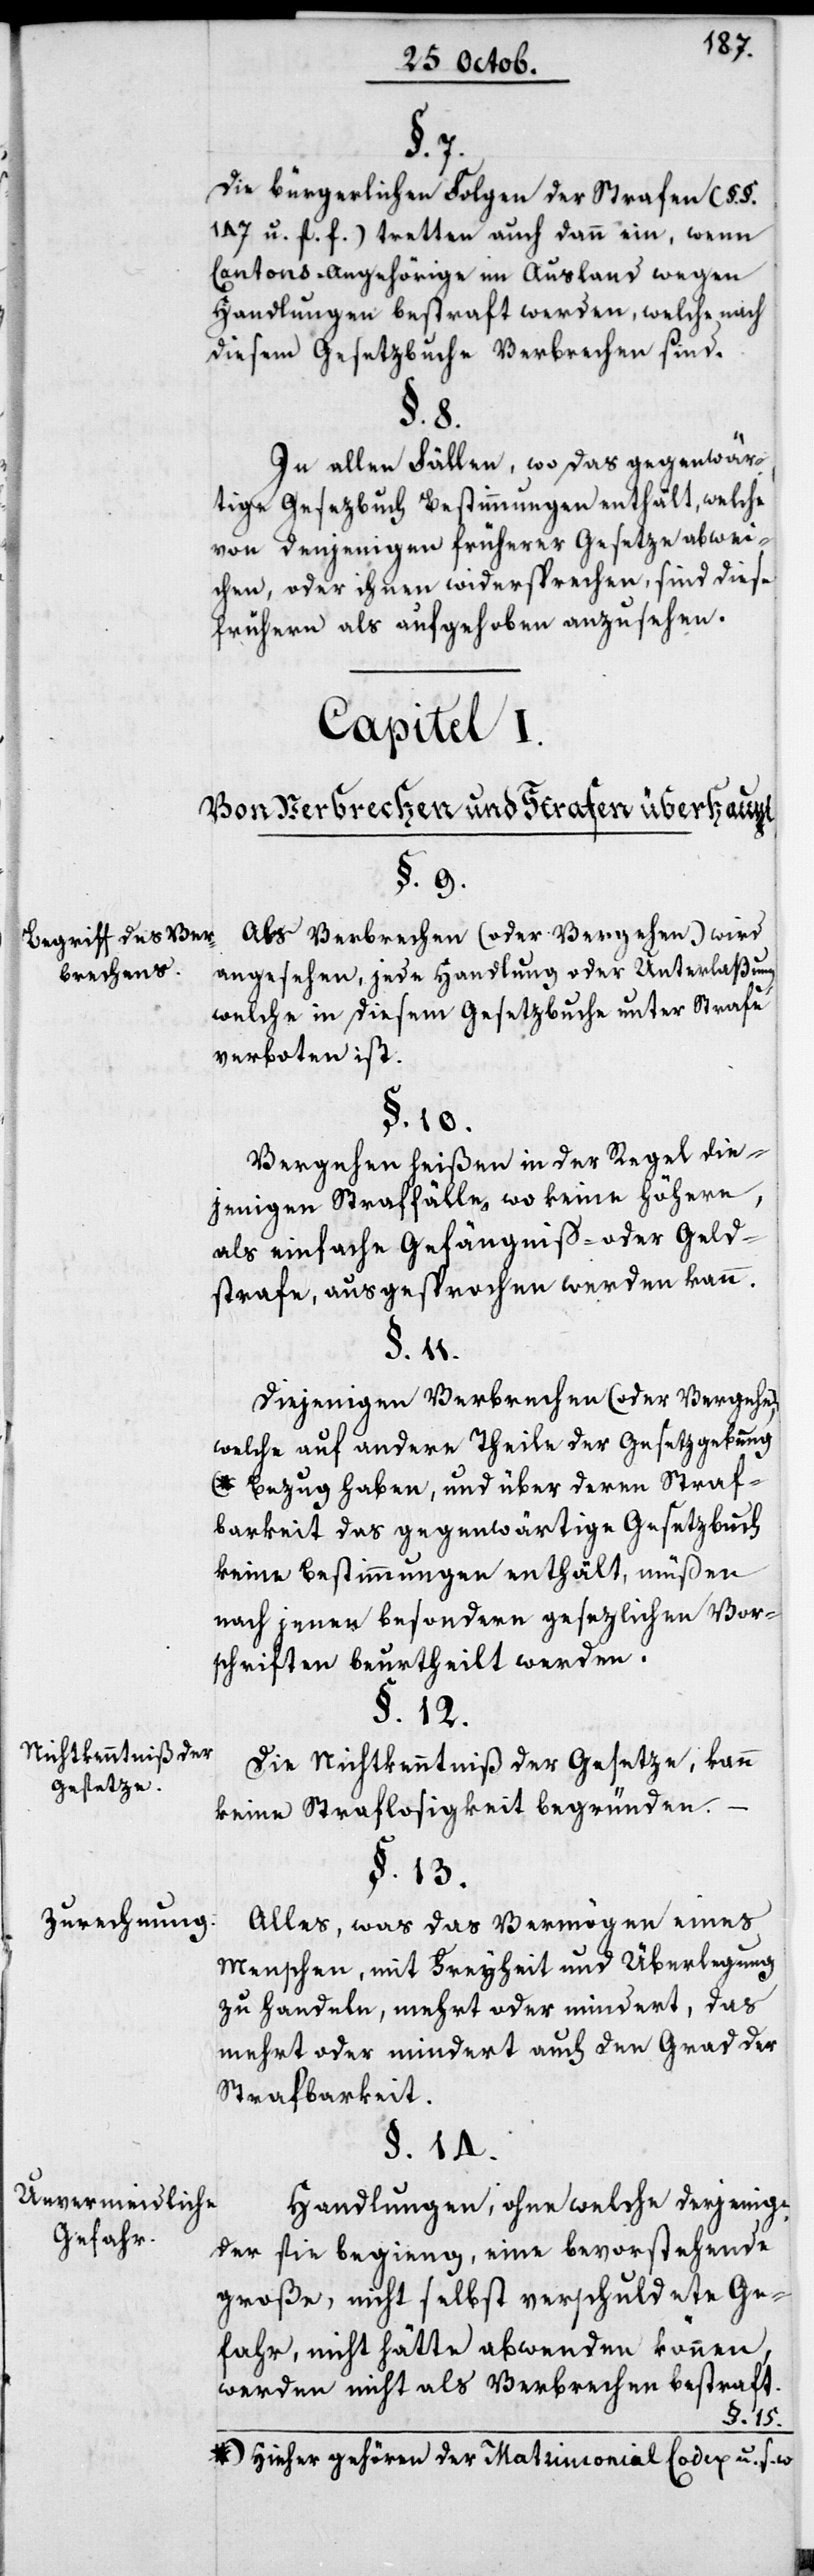
§. 7.
Die bürgerlichen Folgen der Strafen (§.
147. u. f. f.) tretten auch dann ein, wenn
Cantons-Angehörige im Ausland wegen
Handlungen bestraft werden, welche nach
diesem Gesetzbuche Verbrechen sind.
§. 8.
In allen Fällen, wo das gegenwär¬
tige Gesetzbuch Bestimmungen enthält, welche
von denjenigen früherer Gesetze abwei¬
chen, oder ihnen widersprechen, sind die
frühern als aufgehoben anzusehen.
Capitel I.
Von Verbrechen und Strafen überhaupt.
§. 9.
Als Verbrechen (oder Vergehen) wird
Begriff des Ver¬
angesehen, jede Handlung oder Unterlaßung,
brechens.
welche in diesem Gesetzbuche unter Strafe
verboten ist.
§. 10.
Vergehen heißen in der Regel die¬
jenigen Straffälle, wo keine höhere
als einfache Gefängniß- oder Geld¬
strafe ausgesprochen werden kann.
§. 11.
Diejenigen Verbrechen (oder Vergehen),
welche auf andere Theile der Gesetzgebung
w.) Bezug haben, und über deren Straf¬
barkeit das gegenwärtige Gesetzbuch
keine Bestimmungen enthält, müßen
nach jenen besondern gesetzlichen Vor¬
schriften beurtheilt werden.
§. 12.
Nichtkenntniß der
Die Nichtkenntniß der Gesetze kann
Gesetze.
keine Straflosigkeit begründen.
§. 13.
Zurechnung.
Alles, was das Vermögen eines
Menschen, mit Freyheit und Überlegung
zu handeln mehrt oder mindert, das
mehrt oder mindert auch den Grad der
Strafbarkeit.
§. 14.
Unvermeidliche
Handlungen, ohne welche derjenige
Gefahr.
der sie beging, eine bevorstehende
große, nicht selbst verschuldete Ge¬
fahr, nicht hätte abwenden können,
werden nicht als Verbrechen bestraft.
(hieher gehören der Matrimonial-Codex u. s.